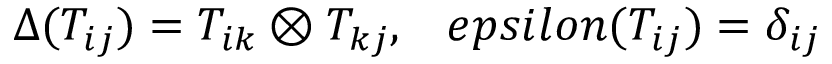
\Delta ( T _ { i j } ) = T _ { i k } \otimes T _ { k j } , \ \ \, e p s i l o n ( T _ { i j } ) = \delta _ { i j }